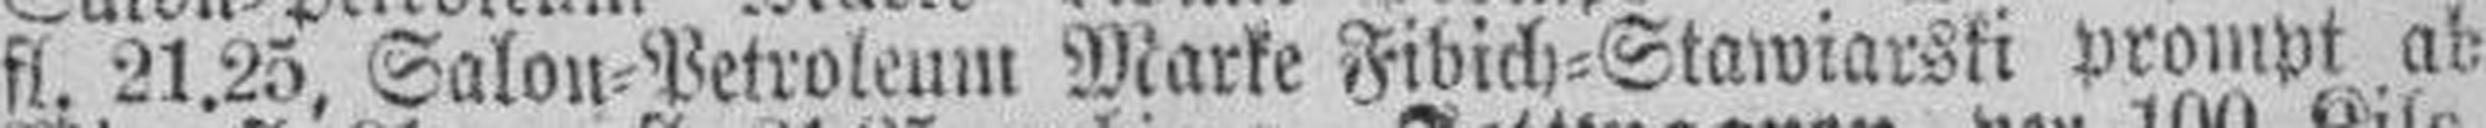
fl. 21.25, Salon=Petroleum Marke Fidich=Stawiarski prompt ab